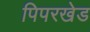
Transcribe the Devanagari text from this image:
पिपरखेड